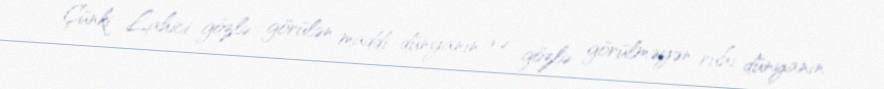
Çünki Lahici gözlə görülən maddi dünyanın və gözlə görülməyən ruhi dünyanın